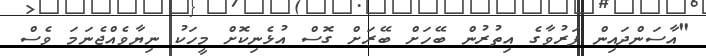
"އާސަންދައިން ފަރުވާގެ އިތުރުން ބޭހަށް ބޭރަށް ގޮސް އުޅެނިކޮށް މީހަކު ނިޔާވެއްޖެނަމަ ވެސް